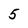
Character: 5